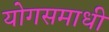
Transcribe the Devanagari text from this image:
योगसमाधी